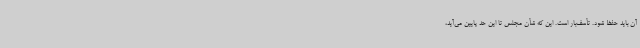
آن باید حفظ شود. تأسف‌بار است. این که شأن مجلس تا این حد پایین می‌آید،